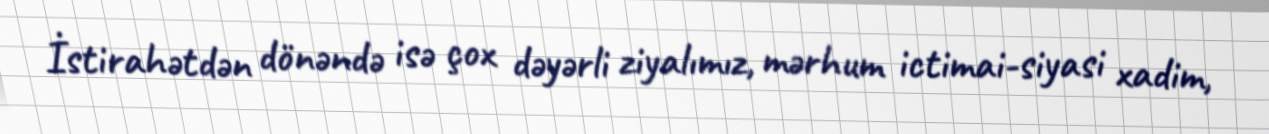
İstirahətdən dönəndə isə çox dəyərli ziyalımız, mərhum ictimai-siyasi xadim,